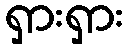
ရှားရှား